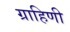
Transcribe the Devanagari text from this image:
ग्राहिणी